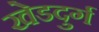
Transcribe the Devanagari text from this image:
खेडदुर्ग